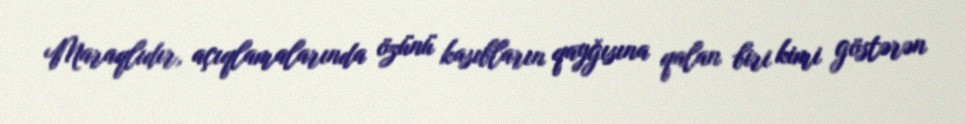
Maraqlıdır, açıqlamalarında özünü kasıbların qayğısına qalan biri kimi göstərən